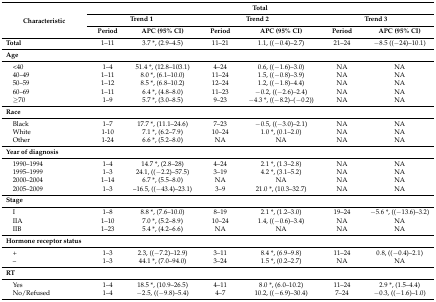
<table><thead><tr><td rowspan="3"><b>Characteristic</b></td><td colspan="6"><b>Total</b></td></tr><tr><td colspan="2"><b>Trend 1</b></td><td colspan="2"><b>Trend 2</b></td><td colspan="2"><b>Trend 3</b></td></tr><tr><td><b>Period</b></td><td><b>APC (95% CI)</b></td><td><b>Period</b></td><td><b>APC (95% CI)</b></td><td><b>Period</b></td><td><b>APC (95% CI)</b></td></tr></thead><tbody><tr><td><b>Total</b></td><td>1–11</td><td>3.7 *, (2.9–4.5)</td><td>11–21</td><td>1.1, ((−0.4)–2.7)</td><td>21–24</td><td>−8.5 ((−24)–10.1)</td></tr><tr><td><b>Age</b></td><td></td><td></td><td></td><td></td><td></td><td></td></tr><tr><td> &lt;40</td><td>1–4</td><td>51.4 *, (12.8–103.1)</td><td>4–24</td><td>0.6, ((−1.6)–3.0)</td><td>NA</td><td>NA</td></tr><tr><td> 40–49</td><td>1–11</td><td>8.0 *, (6.1–10.0)</td><td>11–24</td><td>1.5, ((−0.8)–3.9)</td><td>NA</td><td>NA</td></tr><tr><td> 50–59</td><td>1–12</td><td>8.5 *, (6.8–10.2)</td><td>12–24</td><td>1.2, ((−1.8)–4.4)</td><td>NA</td><td>NA</td></tr><tr><td> 60–69</td><td>1–11</td><td>6.4 *, (4.8–8.0)</td><td>11–23</td><td>−0.2, ((−2.6)–2.4)</td><td>NA</td><td>NA</td></tr><tr><td> ≥70</td><td>1–9</td><td>5.7 *, (3.0–8.5)</td><td>9–23</td><td>−4.3 *, ((−8.2)–(−0.2))</td><td>NA</td><td>NA</td></tr><tr><td><b>Race</b></td><td></td><td></td><td></td><td></td><td></td><td></td></tr><tr><td> Black</td><td>1–7</td><td>17.7 *, (11.1–24.6)</td><td>7–23</td><td>−0.5, ((−3.0)–2.1)</td><td>NA</td><td>NA</td></tr><tr><td> White</td><td>1-10</td><td>7.1 *, (6.2–7.9)</td><td>10–24</td><td>1.0 *, (0.1–2.0)</td><td>NA</td><td>NA</td></tr><tr><td> Other</td><td>1-24</td><td>6.6 *, (5.2–8.0)</td><td>NA</td><td>NA</td><td>NA</td><td>NA</td></tr><tr><td><b>Year of diagnosis</b></td><td></td><td></td><td></td><td></td><td></td><td></td></tr><tr><td> 1990–1994</td><td>1–4</td><td>14.7 *, (2.8–28)</td><td>4–24</td><td>2.1 *, (1.3–2.8)</td><td>NA</td><td>NA</td></tr><tr><td> 1995–1999</td><td>1–3</td><td>24.1, ((−2.2)–57.5)</td><td>3–19</td><td>4.2 *, (3.1–5.2)</td><td>NA</td><td>NA</td></tr><tr><td> 2000–2004</td><td>1–14</td><td>6.7 *, (5.5–8.0)</td><td>NA</td><td>NA</td><td>NA</td><td>NA</td></tr><tr><td> 2005–2009</td><td>1–3</td><td>–16.5, ((−43.4)–23.1)</td><td>3–9</td><td>21.0 *, (10.3–32.7)</td><td>NA</td><td>NA</td></tr><tr><td><b>Stage</b></td><td></td><td></td><td></td><td></td><td></td><td></td></tr><tr><td> I</td><td>1–8</td><td>8.8 *, (7.6–10.0)</td><td>8–19</td><td>2.1 *, (1.2–3.0)</td><td>19–24</td><td>−5.6 *, ((−13.6)–3.2)</td></tr><tr><td> IIA</td><td>1–10</td><td>7.0 *, (5.2–8.9)</td><td>10–24</td><td>1.4, ((−0.6)–3.4)</td><td>NA</td><td>NA</td></tr><tr><td> IIB</td><td>1–23</td><td>5.4 *, (4.2–6.6)</td><td>NA</td><td>NA</td><td>NA</td><td>NA</td></tr><tr><td><b>Hormone receptor status</b></td><td></td><td></td><td></td><td></td><td></td><td></td></tr><tr><td> +</td><td>1–3</td><td>2.3, ((−7.2)–12.9)</td><td>3–11</td><td>8.4 *, (6.9–9.8)</td><td>11–24</td><td>0.8, ((−0.4)–2.1)</td></tr><tr><td> –</td><td>1–3</td><td>44.1 *, (7.0–94.0)</td><td>3–24</td><td>1.5 *, (0.2–2.7)</td><td>NA</td><td>NA</td></tr><tr><td><b>RT</b></td><td></td><td></td><td></td><td></td><td></td><td></td></tr><tr><td> Yes</td><td>1–4</td><td>18.5 *, (10.9–26.5)</td><td>4–11</td><td>8.0 *, (6.0–10.2)</td><td>11–24</td><td>2.9 *, (1.5–4.4)</td></tr><tr><td> No/Refused</td><td>1–4</td><td>−2.5, ((−9.8)–5.4)</td><td>4–7</td><td>10.2, ((−6.9)–30.4)</td><td>7–24</td><td>−0.3, ((−1.6)–1.0)</td></tr></tbody></table>